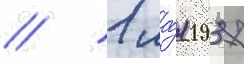
// 1 ма́я 1937